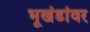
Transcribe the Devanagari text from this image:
भूखंडांवर